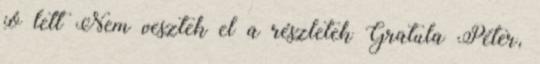
jó lett Nem vesztek el a részletek Gratula Péter,